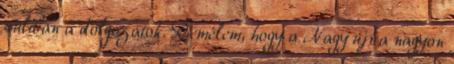
suliban a dolgozatok. Remélem, hogy a Nagy újra nagyon